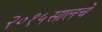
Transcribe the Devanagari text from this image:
२०१५सालचे